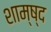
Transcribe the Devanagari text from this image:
शाम्ष्द